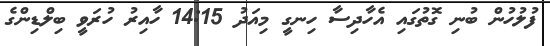
ފުލުހުން ބުނި ގޮތުގައި އެހާދިސާ ހިނގީ މިއަދު 14:15 ހާއިރު ހުރަވީ ބިލްޑިންގެ